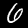
Digit: 6